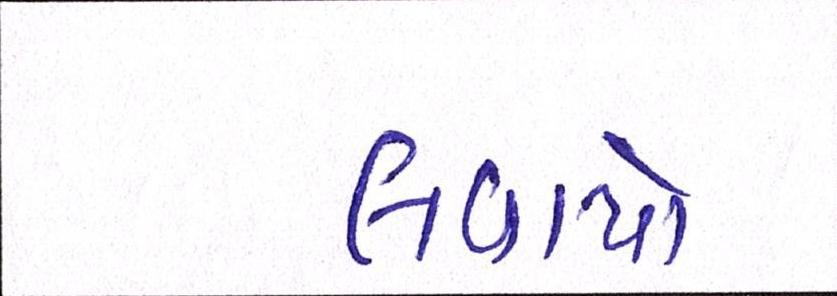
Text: લવાયો